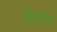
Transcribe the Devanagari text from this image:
चुरादि